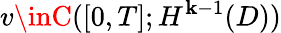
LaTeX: v\inC([0,T];H^{\mathbf{k}-1}(D))